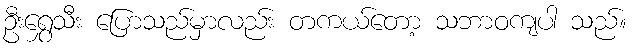
ဦးရွှေသီး ပြောသည်မှာလည်း တကယ်တော့ သဘာဝကျပါ သည်။